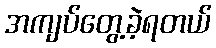
အကျပ်တွေ့ခဲ့ရတယ်